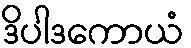
ဒိပါဒကောယံ